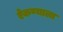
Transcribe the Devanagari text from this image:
ऐकण्याला